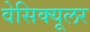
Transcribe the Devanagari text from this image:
वेसिक्यूलर